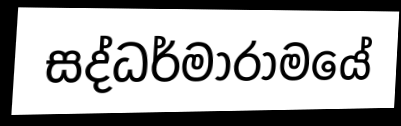
සද්ධර්මාරාමයේ